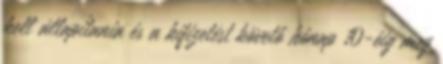
kell állapítania és a kifizetést követő hónap 10-éig meg